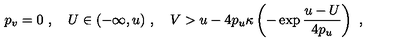
p _ { v } = 0 \ , \quad U \in ( - \infty , u ) \ , \quad V > u - 4 p _ { u } \kappa \left( - \exp \frac { u - U } { 4 p _ { u } } \right) \ ,